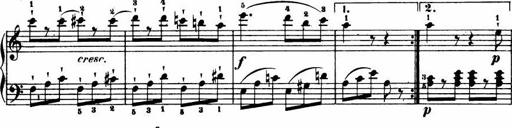
Title: Le bouquetier
Composer: Anton Diabelli
Key: G major
 C major
 F major
 C major